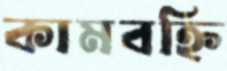
কামবহ্নি